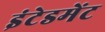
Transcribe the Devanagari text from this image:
इंटेडमेंट